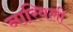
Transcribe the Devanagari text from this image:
नारिवली